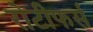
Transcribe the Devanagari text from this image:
रोटीफर्स